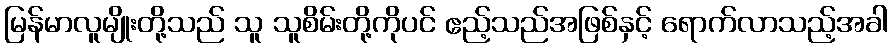
မြန်မာလူမျိုးတို့သည် သူ သူစိမ်းတို့ကိုပင် ဧည့်သည်အဖြစ်နှင့် ရောက်လာသည့်အခါ